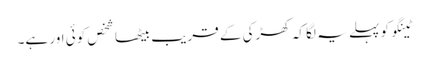
ٹینگو کو پہلے یہ لگا کہ کھڑکی کے قریب بیٹھا شخص کوئی اور ہے۔